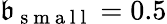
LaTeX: \mathfrak{b}_{\mathrm{{~s~m~a~l~l~}}}=0.5